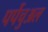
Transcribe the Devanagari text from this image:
पर्पेचुअल